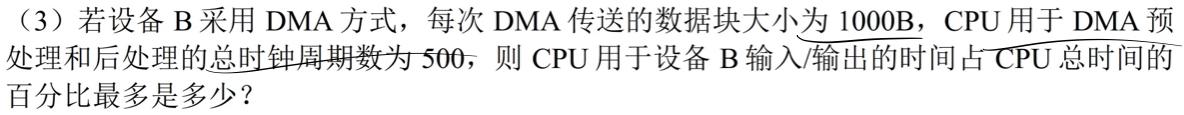
（3）若设备 B 采用 DMA 方式，每次 DMA 传送的数据块大小为 1000B，CPU 用于 DMA 预处理和后处理的总时钟周期数为 500，则 CPU 用于设备 B 输入/输出的时间占 CPU 总时间的百分比最多是多少？